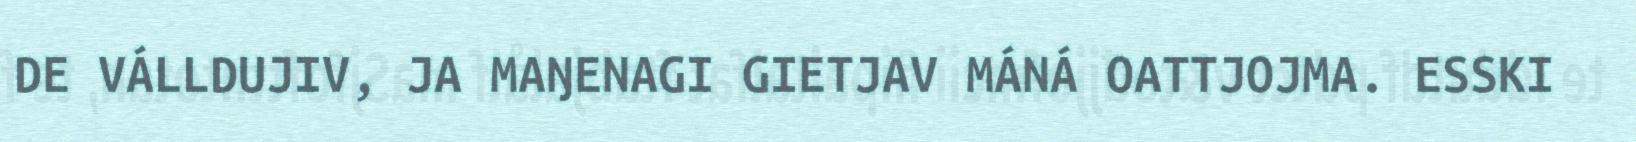
DE VÁLLDUJIV, JA MAŊENAGI GIETJAV MÁNÁ OATTJOJMA. ESSKI